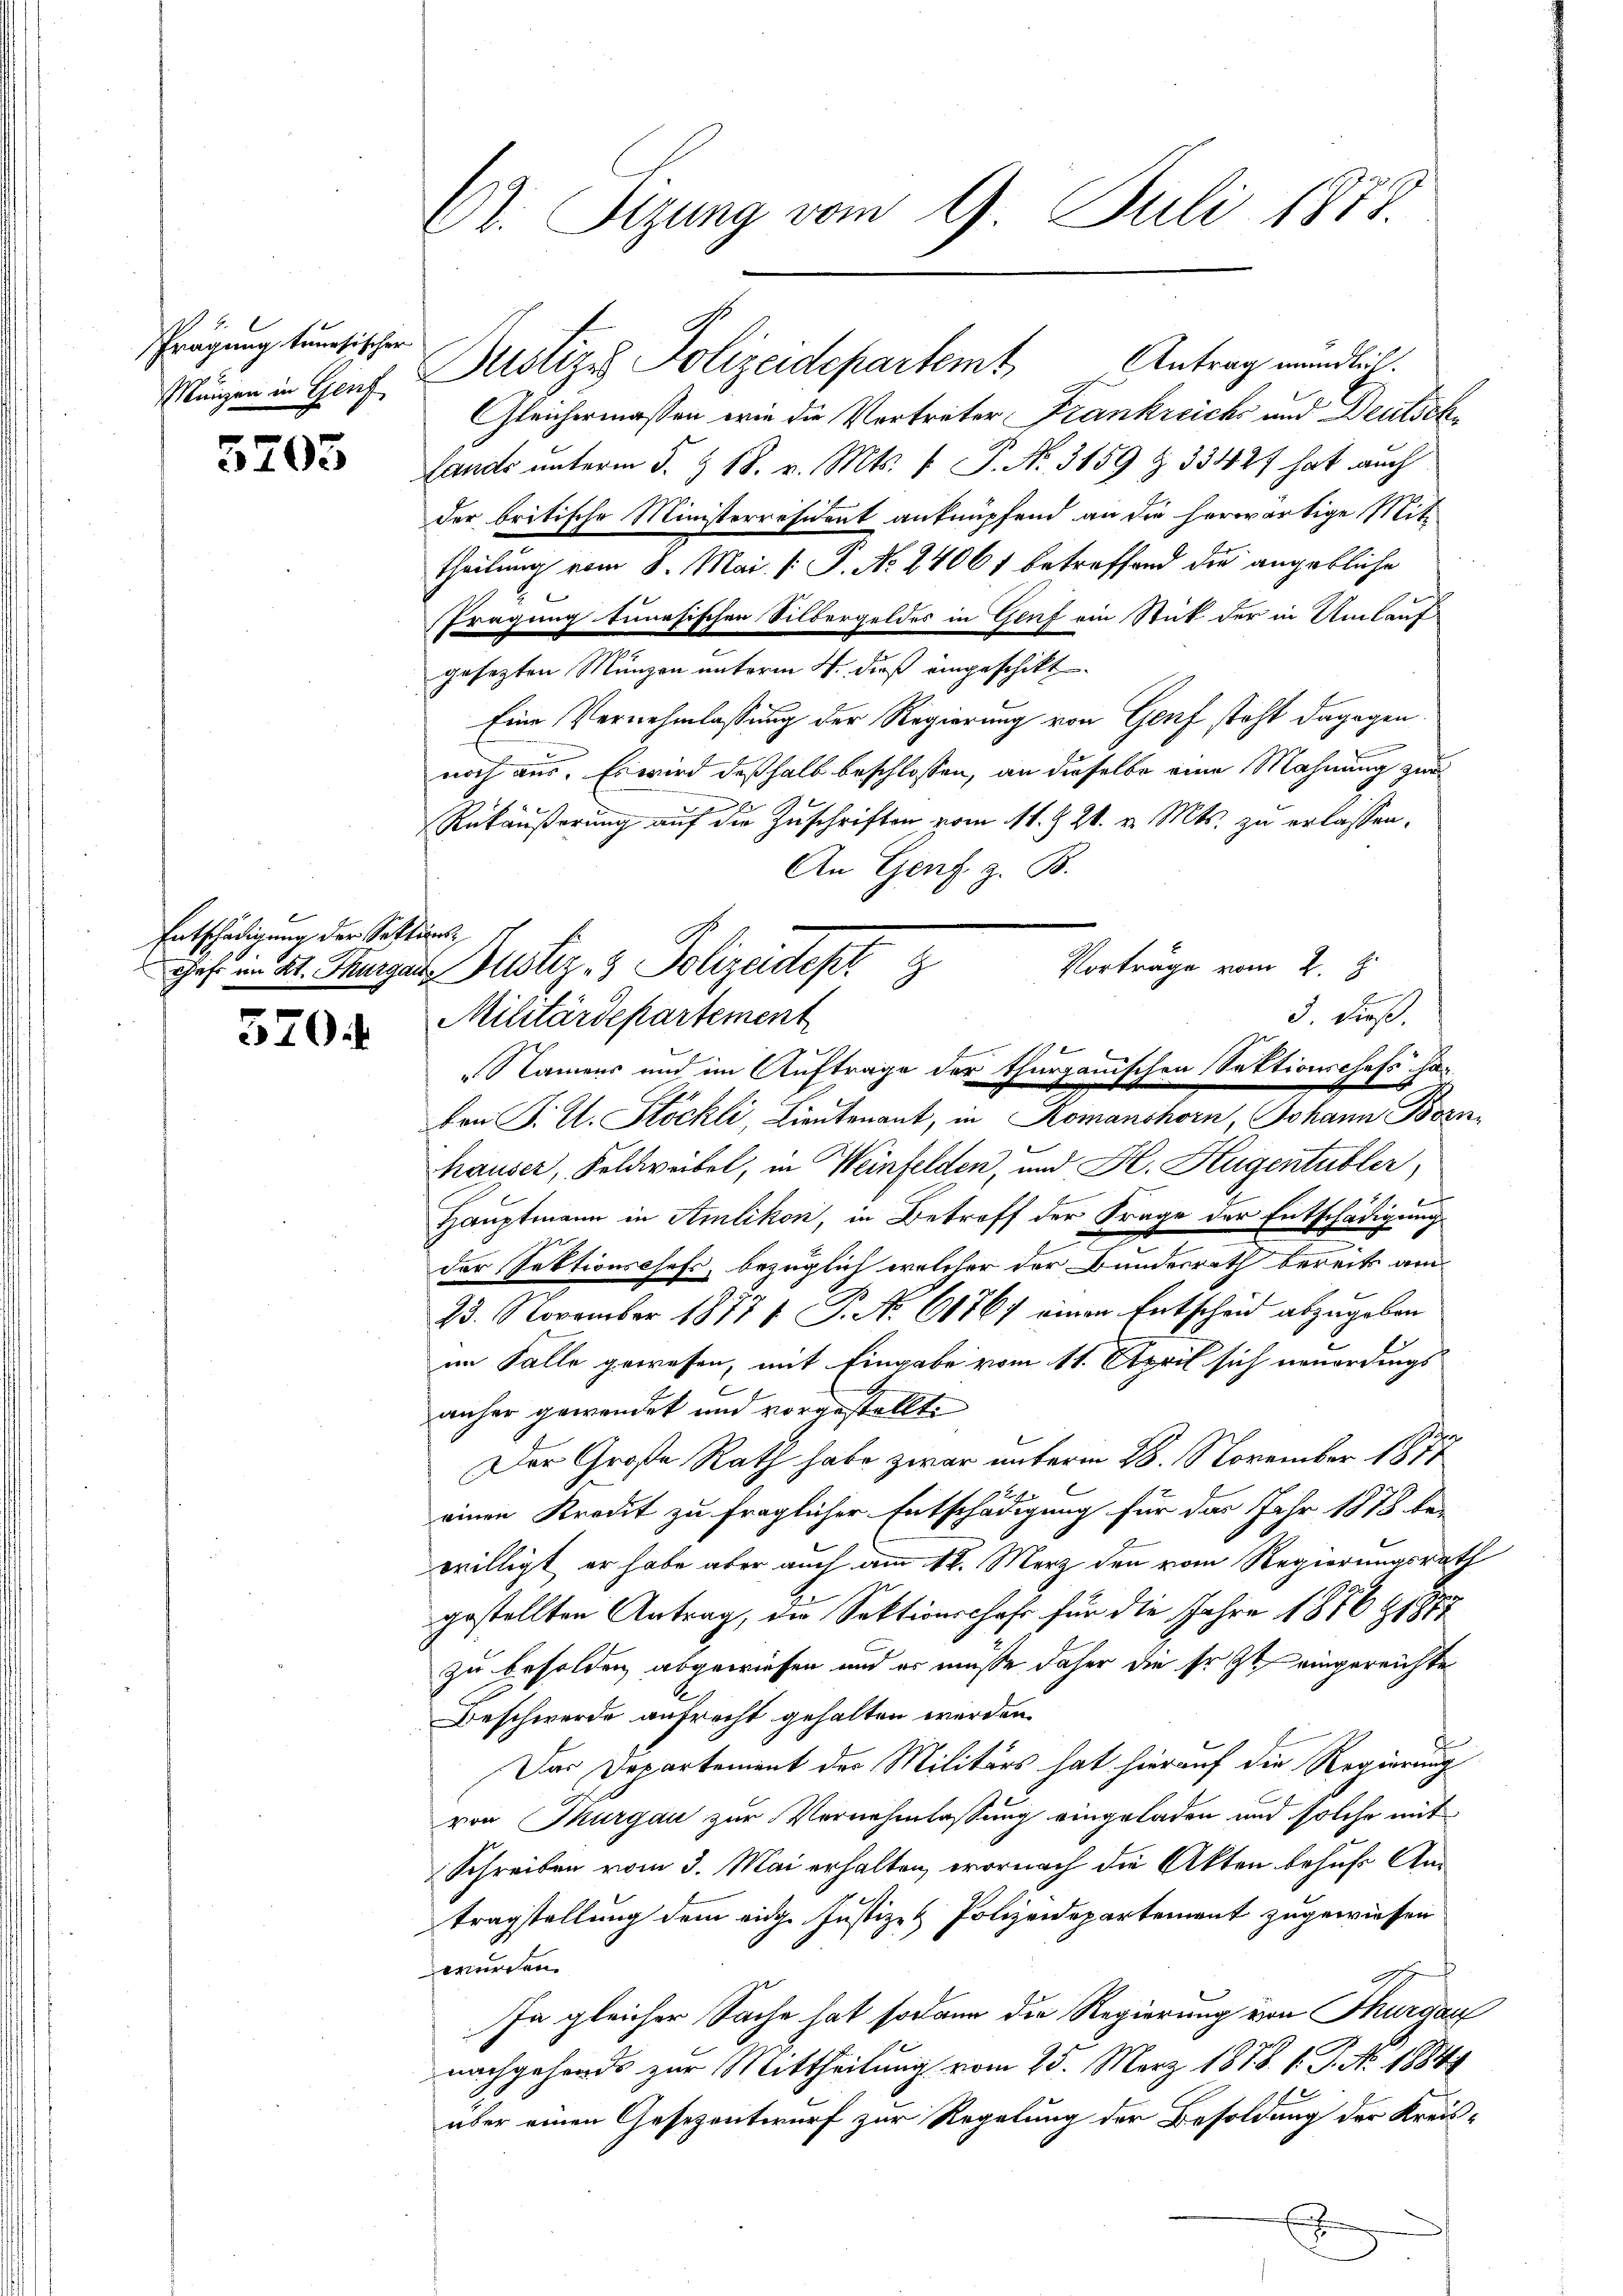
Prägung tunesischer
Münzen in Genf

5703

Entschädigung der Sektions¬

370

Ct. Sizung vom 9. Juli 1888.

Gleichermassen wie die Vertreter Frankreichs und Deutsch¬
Lands unterm 5. & 18. v. Mts. v. P. Nr. 3859 § 33427 hat auch
der britische Ministerräsident anknüpfend an die herwärtige Mit-
theilung vom 8. Mai [ P. Nr. 24061 betreffend die angebliche
Tragung tunesischen Silbergeldes in Genf ein Stick der in Umlauf
gesezten Münzen unterm 4. dieß eingeschikt
Eine Vernehmlassung der Regierung von Genf steht dagegen
e
noch aus. Es wird deßhalb beschlossen, an dieselbe eine Mahnung zur
.
E
Rükäußerung auf die Zuschriften vom 11. Z. 21. v. Mts. zu erlassen.
An Genf z. B.
von F. L. Stöckli, Lieutenant, in Romanshorn, Johann Bozn
hauser, Feldweibel, in Weinfelden, und H. Hugentubler,
Hauptmann in Amlikon, in Betroff der Frage der Entschädigung
e
e
der Rektionschefs, bezüglich welcher der Bundesrath bereits am
23. November 18771 P. Nr. 61767 einen Entscheid abzugeben
im Falle gewesen, mit Eingabe vom 11. April sich neuerdings
anher gewendet und vorgestellte
Der Große Rath habe zwar unterm 28. November 1877
einen Kredit zu fraglicher Entschädigung für das Jahr 1878 be-
willigt er habe aber auch am 12. März den vom Regierungsrath
gestellten Antrag, die Sektionschaft für die Jahre 1876 9187
zu besolden, abgewiesen und er müsse daher die Erst eingereichte
Beschwerde aufrecht gehalten werden.
d
Das Departement der Militärs hat hierauf die Regierung
von Thurgau zur Vernehmlassung eingeladen und solche mit
Schreiben vom 3. Mai erhalten, wornach die Akten behufs Antragstellung dem eidg. Justiz- & Polizeidepartement zugewiesen
würden.
In gleicher Sache hat sodann die Regierung von Thurgau
nachgehords zur Mittheilung vom 25. März 1878. 1. P. No. 1884
über einen Gesezentwurf zur Regelung der Besoldung der Kreis¬
.

Justizes Polizeidepartemt Antrag mündlich.

Vorträge vom 2. J.
ches an St. Kurgats Justiz- & Polizeidept
3. dieß.
Militärdepartement
Namens und im Auftrage der thurgauischen Sektionschefs a-